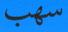
سھب